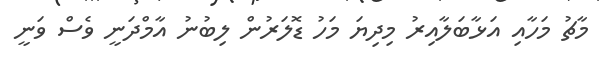
މާޗު މަހާއި އަޅާބަލާއިރު މިދިޔަ މަހު ޑޮލަރުން ލިބުނު އާމްދަނީ ވެސް ވަނީ